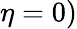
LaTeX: \eta=0)